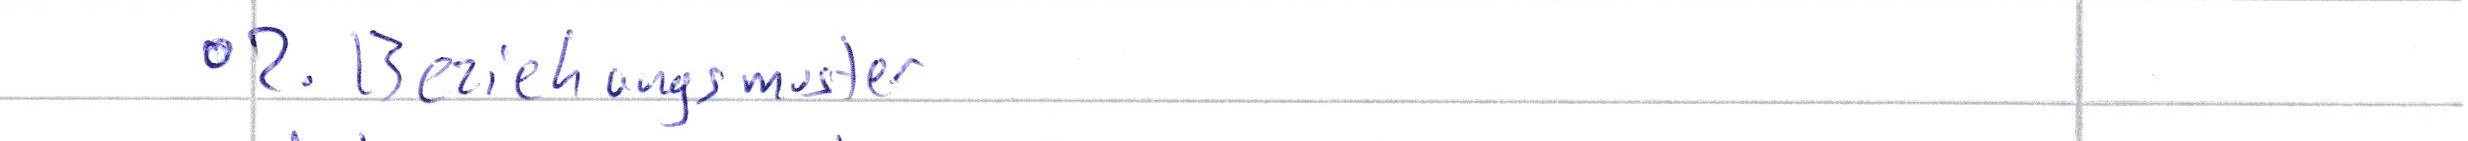
- 2. Beziehungsmuster